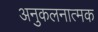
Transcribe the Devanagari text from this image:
अनुकलनात्मक